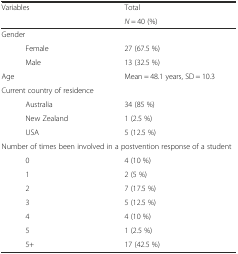
| <ROWSPAN=2> Variables | Total |
 | N = 40 (%) |
 | --- | --- |
 | Gender |  |
 | Female | 27 (67.5 %) |
 | Male | 13 (32.5 %) |
 | Age | Mean = 48.1 years, SD = 10.3 |
 | Current country of residence |  |
 | Australia | 34 (85 %) |
 | New Zealand | 1 (2.5 %) |
 | USA | 5 (12.5 %) |
 | <COLSPAN=2> Number of times been involved in a postvention response of a student |
 | 0 | 4 (10 %) |
 | 1 | 2 (5 %) |
 | 2 | 7 (17.5 %) |
 | 3 | 5 (12.5 %) |
 | 4 | 4 (10 %) |
 | 5 | 1 (2.5 %) |
 | 5+ | 17 (42.5 %) |